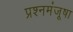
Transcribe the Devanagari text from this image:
प्रश्नमंजूषा